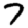
Digit: 7